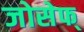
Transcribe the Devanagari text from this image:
जोसेफ्